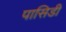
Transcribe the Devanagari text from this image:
पासिडी